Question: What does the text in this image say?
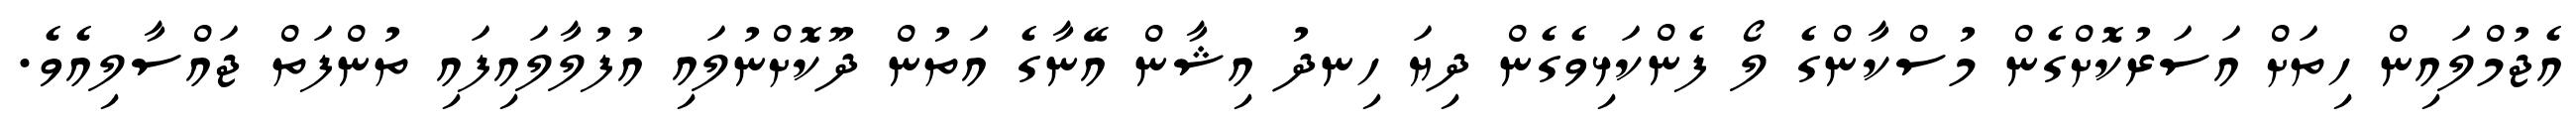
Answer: އެޖުމްލައިން ހިތަށް އަސަރުކޮށްގެން މުސްކާންގެ ލޯ ފެންކަޅިވެގެން ދިޔަ ހިނދު އިޝާން އޭނާގެ އަތުން ދޫކޮށްނުލައި އުފުލާލައިފައި ތުންފަތް ޖައްސާލިއެވެ.